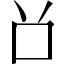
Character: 𠮦